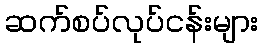
ဆက်စပ်လုပ်ငန်းများ